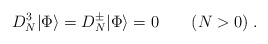
\begin{align*}D_N^3 |\Phi\rangle= D_N^\pm |\Phi\rangle=0\qquad (N>0)\; .\end{align*}